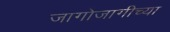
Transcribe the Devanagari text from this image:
जागोजागीच्या